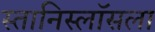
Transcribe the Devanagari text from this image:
स्तानिस्लॉसला